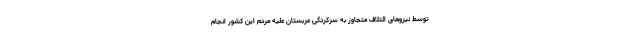
توسط نیروهای ائتلاف متجاوز به سرکردگی عربستان علیه مردم این کشور انجام